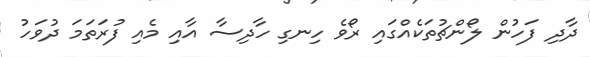
ދާދި ފަހުން ލޯންޗުތަކެއްގައި ރޯވެ ހިނގި ހާދިސާ އާއި މެއި ފުރަތަަމަ ދުވަހު